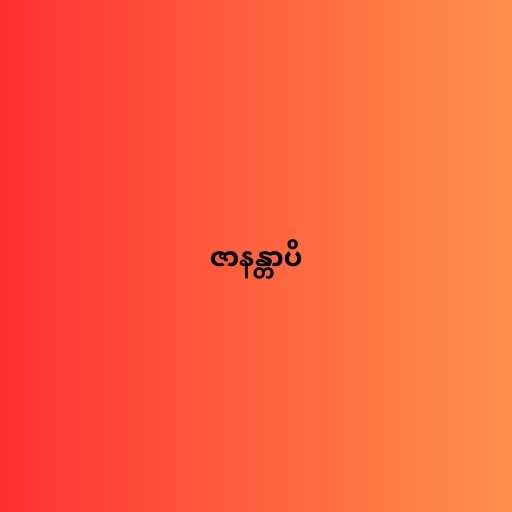
ဇာနန္တာပိ